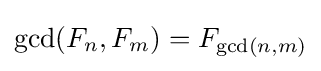
\gcd(F_{n},F_{m})=F_{\gcd(n,m)}